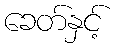
ခေတ်နှင့်